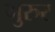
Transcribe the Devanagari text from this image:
गुरुर